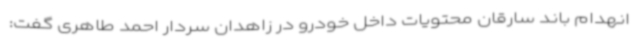
انهدام باند سارقان محتویات داخل خودرو در زاهدان سردار احمد طاهری گفت: